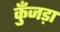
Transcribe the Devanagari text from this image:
कुँजड़ा